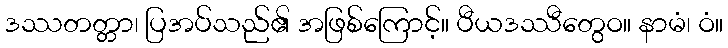
ဒဿတတ္တာ၊ ပြအပ်သည်၏ အဖြစ်ကြောင့်။ ပီယဒဿီတွေဝ။ နာမံ၊ ဝံ။